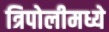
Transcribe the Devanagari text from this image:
त्रिपोलीमध्ये